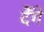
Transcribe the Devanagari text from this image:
देँगे